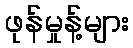
ဖုန်မှုန့်များ